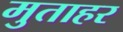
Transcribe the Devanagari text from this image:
मुताहर